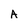
Character: A